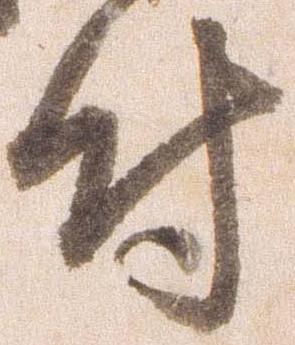
付